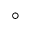
^ \circ